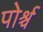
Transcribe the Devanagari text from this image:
पोर्श्च